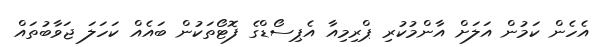
އެހެން ކަމުން އަލަށް އާންމުކުރި ޕްރިމިއާ އެޕިސޯޑްގެ ފޮޓޯތަކުން ބައެއް ކަހަލަ ޖަވާބުތައް